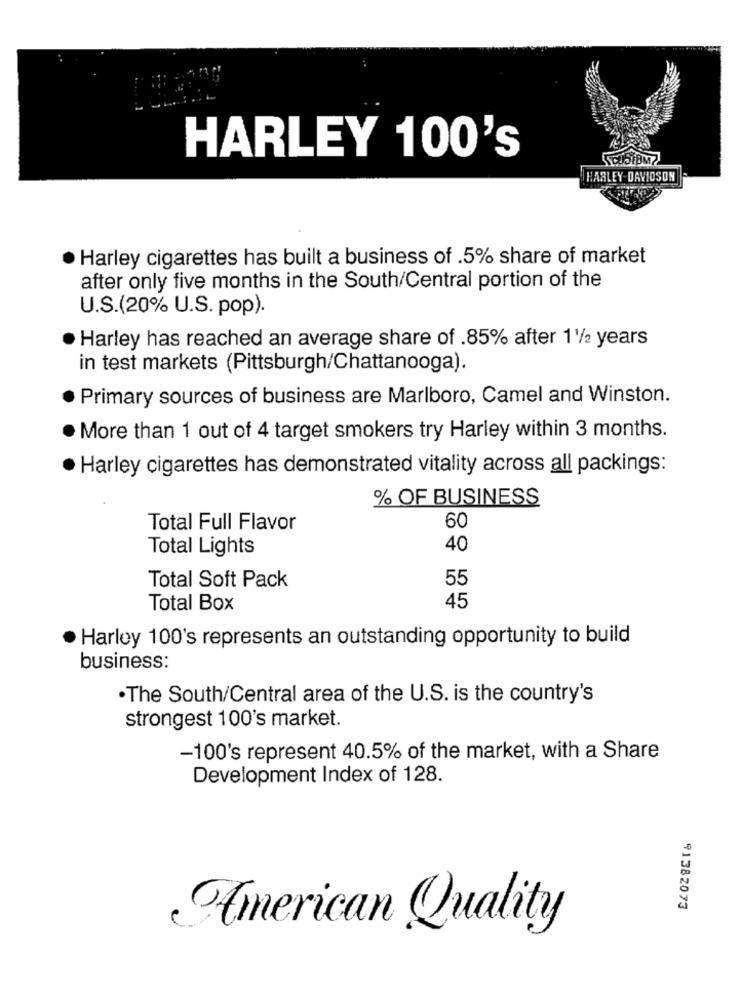
HARLEY 100's
HARLEY-DAVIDSON
Harley cigarettes has built a business of .5% share of market
after only five months in the South/Central portion of the
U.S.(20% U.S. pop).
Harley has reached an average share of .85% after 11/2 years
in test markets (Pittsburgh/Chattanooga).
Primary sources of business are Marlboro, Camel and Winston.
More than 1 out of 4 target smokers try Harley within 3 months.
· Harley cigarettes has demonstrated vitality across all packings:
% OF BUSINESS
Total Full Flavor
60
Total Lights
40
55
Total Soft Pack
45
Total Box
. Harley 100's represents an outstanding opportunity to build
business:
.The South/Central area of the U.S. is the country's
strongest 100's market.
-100's represent 40.5% of the market, with a Share
Development Index of 128.
91382073
American Quality